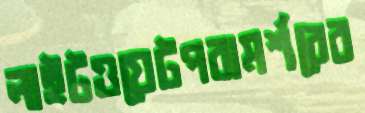
লাইটওয়েটপরামর্শরের